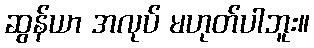
ဆွန်ယာ အလုပ် မဟုတ်ပါဘူး။